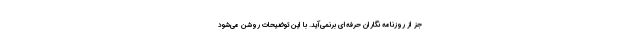
جز از روزنامه‌ نگاران حرفه‌ای برنمی‌آید. با این توضیحات روشن می‌شود